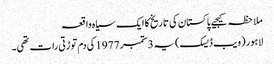
ملاحظہ کیجیے پاکستان کی تاریخ کا ایک سیاہ واقعہ
لاہور (ویب ڈیسک)یہ 3ستمبر 1977کی دم توڑتی رات تھی۔